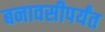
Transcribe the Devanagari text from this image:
बनावसीपर्यंत